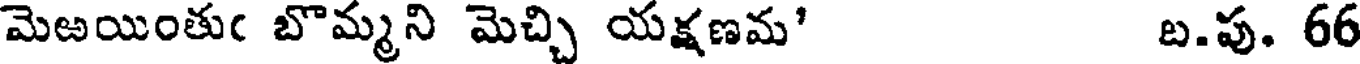
మెఱయింతుఁ బొమ్మని మెచ్చి యక్షణమ' బ.పు. 66